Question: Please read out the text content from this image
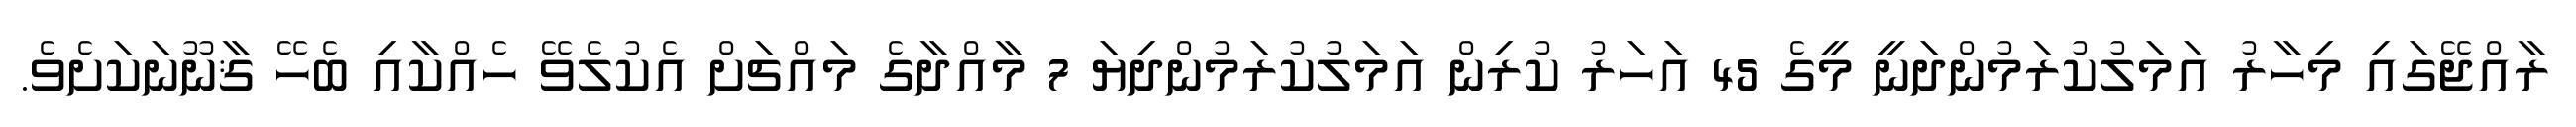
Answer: ރާއްޖޭގައި މިހާރު އަމަލުކުރަމުންދަނީ މީގެ 45 އަހަރު ކުރިން އަމަލުކުރަމުންދިޔަ 7 މާއްދާގެ މައްޗަށް އެކުލެވޭ ހެއްކާއި ބެހޭ ޤާނޫނަކަށެވެ.